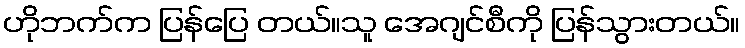
ဟိုဘက်က ပြန်ပြေ တယ်။သူ အေဂျင်စီကို ပြန်သွားတယ်။